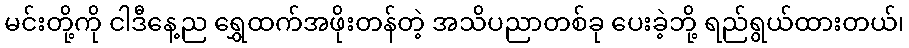
မင်းတို့ကို ငါဒီနေ့ည ရွှေထက်အဖိုးတန်တဲ့ အသိပညာတစ်ခု ပေးခဲ့ဘို့ ရည်ရွယ်ထားတယ်၊